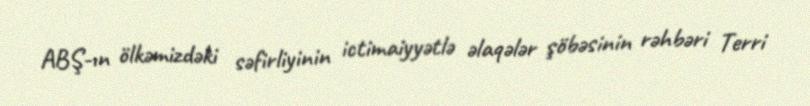
ABŞ-ın ölkəmizdəki səfirliyinin ictimaiyyətlə əlaqələr şöbəsinin rəhbəri Terri